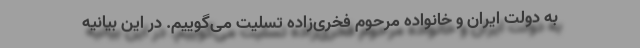
به دولت ایران و خانواده مرحوم فخری‌زاده تسلیت می‌گوییم. در این بیانیه